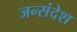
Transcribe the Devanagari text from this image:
जन्संदेश